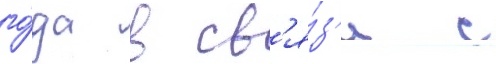
го́да в св'я́з'и с